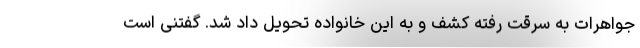
جواهرات به سرقت رفته کشف و به این خانواده تحویل داد شد. گفتنی است